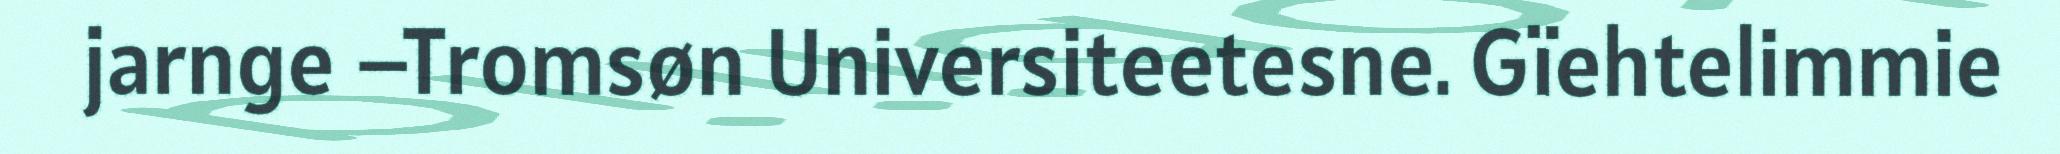
jarnge –Tromsøn Universiteetesne. Gïehtelimmie